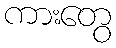
ကားတွေ